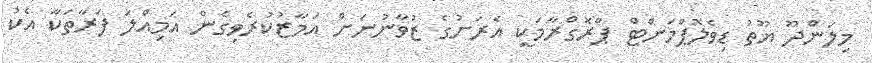
މިލަންދޫ ޔޫތު ޑިވެލޮޕްމަންޓް ޕްރޮގްރާމަކީ އެރަށުގެ ޒުވާނުނަށް އަމާޒުކުރެވިގެން އަމިއްލަ ފަރާތަކާ އެކު